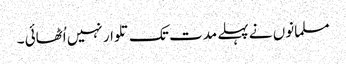
مسلمانوں نے پہلے مدت تک تلوار نہیں اُٹھائی ۔